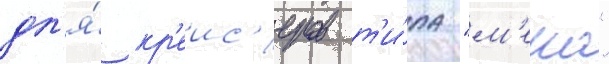
дл'я́ кр'еис'еров т'и́па "м'еко"